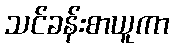
သင်ခန်းစာယူကာ